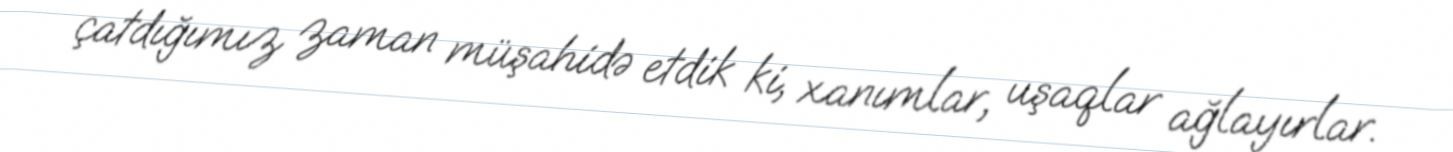
çatdığımız zaman müşahidə etdik ki, xanımlar, uşaqlar ağlayırlar.